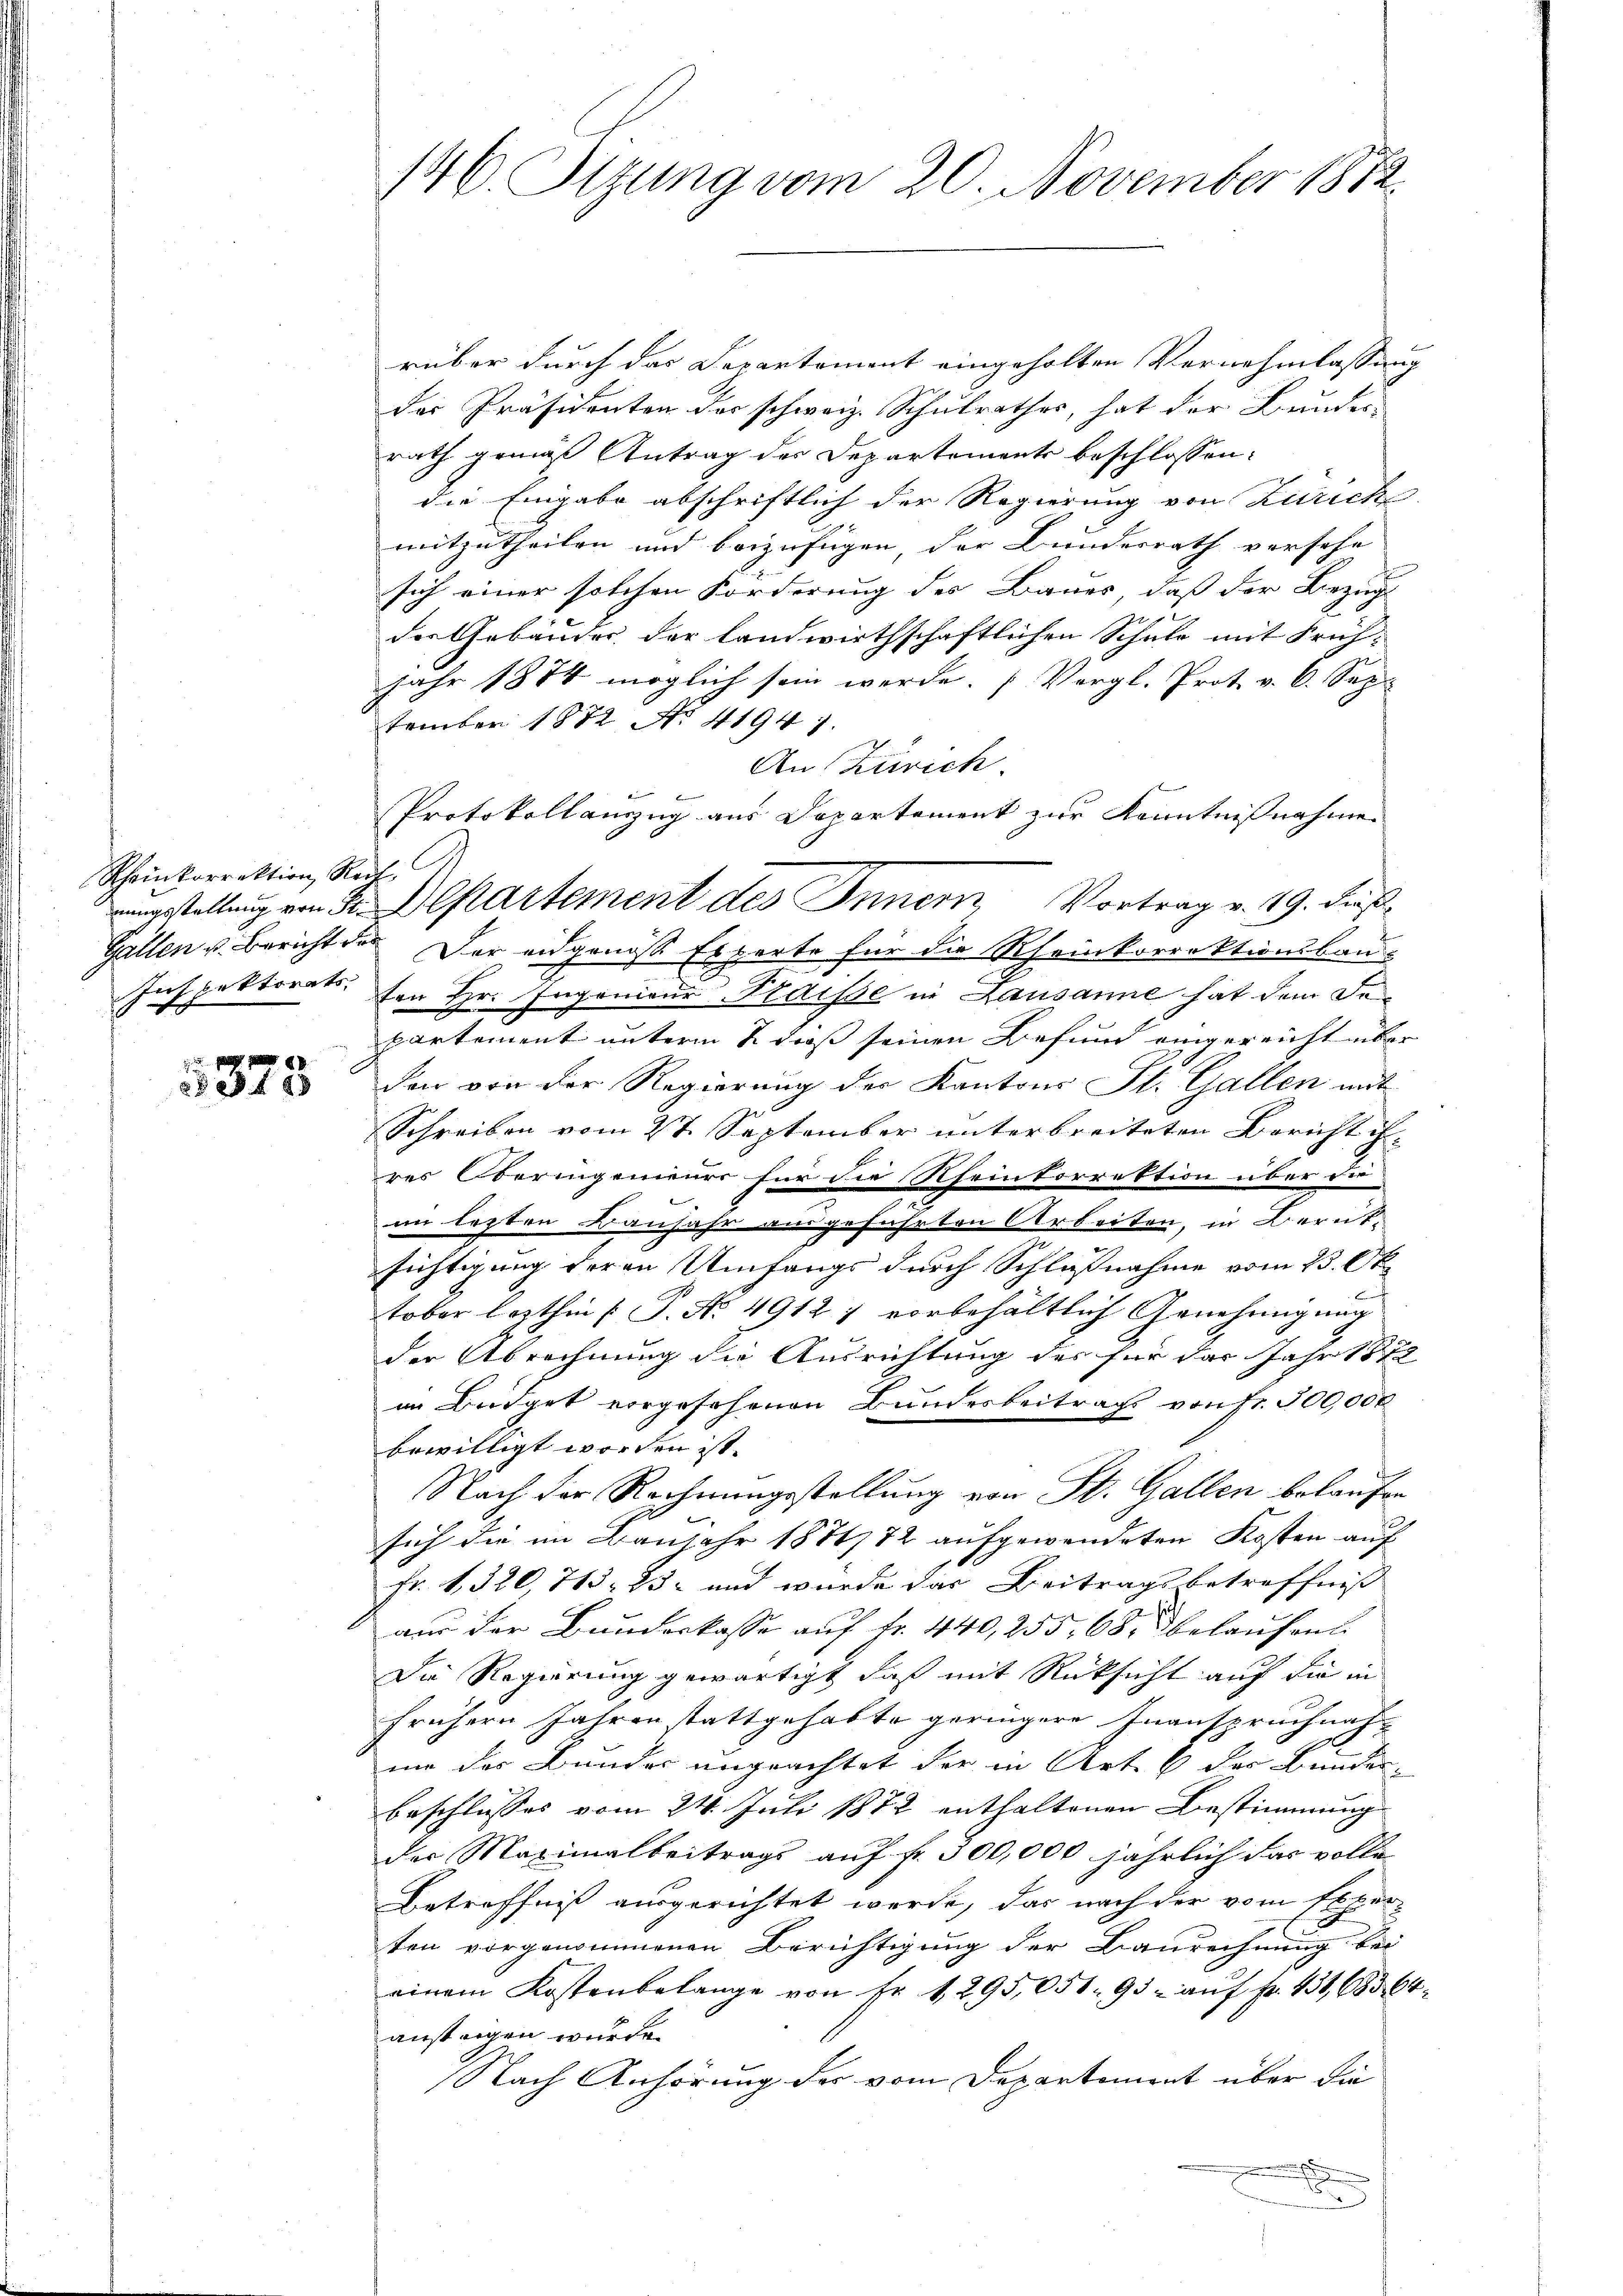
Scheinkorrektion, Rect

34 x

146. Sitzung vom 20. November 1872.

rüber durch das Departement eingeholten Vernehmlassung
der Präsidenten der schweiz. Schulrathes, hat der Bundes-
rath gemäß Antrag der Departements beschlossen:
die Eingabe abschriftlich der Regierung von Zürich
mitzutheilen und beizufügen, der Bundesrath versehe
sich einer solchen Förderung des Bauer, daß der Bezug
der Gebäuder der landwirthschaftlichen Schule mit Früh-
Jahr 1874 möglich sein werde. (Vergl. Prot. v. 6. Sep
tember 1872 No 41941.
An Zürich.
Gallen u. Bericht des Der eidgenoss Experte für die Rheinkorrektionsbau-
Inspektorats. Von Hr. Ingenieur Kraisse in Lausanne hat dem Departement unterm 2. dieß seinen Befund eingereicht über
den von der Regierung der Kantons St. Gallen mit
Schreiben vom 2t. September unterbreiteten Bericht ihres Oberingenieurs für die Rheintorrektion über die
im lezten Baufahr ausgeführten Arbeiten, in Bernt-
sichtigung deren Umfangs durch Schlußnahme vom 15. Oktober lezthin (T. No. 4912 1 vorbehältlich Genehmigung
der Abrechnung die Ausrichtung des für das Jahr 1872
im Büdget vorgesehenen Bundesbeitrag von fr. 300,000
bewilligt worden ist.
Nach der Rechnungsstellung von St. Gallen belaufen
sich die im Baujahr 1874/72 aufgewendeten Kosten auf
Fr. 1, 320, 713. 25 und wurde das Beitragsbetreffniß
aus der Bundeskasse auf Fr. 440,255, 68 belaufen
Die Regierung gewärtigt, daß mit Rücksicht auf die in
frühern Jahren stattgehabte geringere Inanspruchnah
mme der Bundes ungeachtet der in Art. 6 der Bundes-
beschlusses vom 24. Juli 1872 enthaltenen Bestimmung
der Maximalbeitrags auf fr. 500,000 jährlich das volle
Betreffniß ausgerichtet werde, das nach der vom Exper
ten vorgenommenen Berichtigung der Baurechnung bei
einem Kostenbelange von Fr. 1295,051. 95. aŭf fr. 431, 68564
ansteigen wurde.
Nach Anhörung des vom Departement über die
e

Mi
Protokollanzug aus Departement zur Kenntnisnahme
stellung von 3. Departement des Innern Vortrag v. 19. Fuß